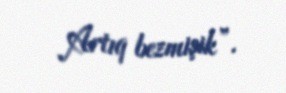
Artıq bezmişik”.